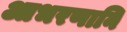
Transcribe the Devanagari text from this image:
आभरणानि